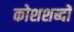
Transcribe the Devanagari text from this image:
कोशशब्दों